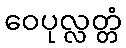
ဝေပုလ္လတ္တံ